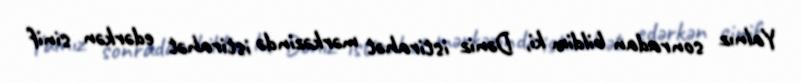
Yalnız sonradan bildim ki, Dəniz istirahət mərkəzində istirahət edərkən sinif